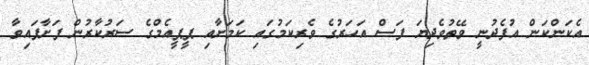
އެކަންކަން އުފެދުނީ ވޭތުވެދިޔަ ފަސް އަހަރުގެ ވެރިކަމުގައި ކަމަށާއި ޕީޕީއެމްގެ ސަރުކާރުން ފަށާފައިވާ